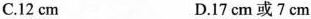
C.12cm D.17cm或7cm